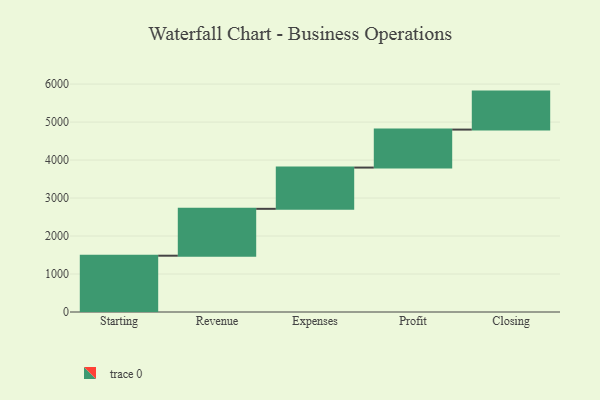
{"axis": {"x": "Step", "y": "Value"}, "legend": [""], "data": [{"x": "Starting", "y": 1482.0, "type": ""}, {"x": "Revenue", "y": 1234.0, "type": ""}, {"x": "Expenses", "y": 1086.0, "type": ""}, {"x": "Profit", "y": 1000, "type": ""}, {"x": "Closing", "y": 1000, "type": ""}]}